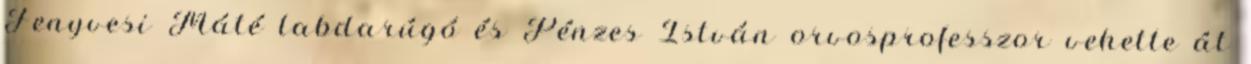
Fenyvesi Máté labdarúgó és Pénzes István orvosprofesszor vehette át